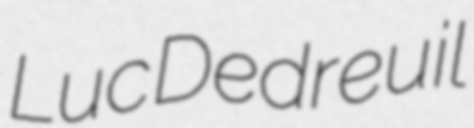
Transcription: Luc Dedreuil